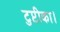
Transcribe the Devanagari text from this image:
टुप्टीका।